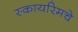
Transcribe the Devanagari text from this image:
स्कायरिमचे